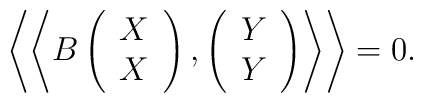
\left\langle \left\langle B\left(\begin{array}{c}X \\X\end{array}\right) ,\left(\begin{array}{c}Y \\Y\end{array}\right) \right\rangle \right\rangle =0.